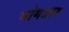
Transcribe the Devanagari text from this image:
भोगत्रार